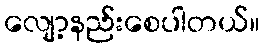
လျော့နည်းစေပါတယ်။